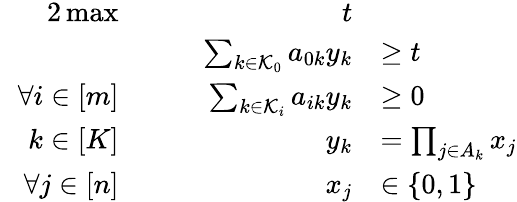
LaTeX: \begin{array}{rlrl}{{2}\operatorname*{max}}&{}&{\quad t}\\ &{}&{\quad\sum_{k\in{\mathcal K}_{0}}a_{0k}y_{k}}&{\ge t}\\ {\forall i\in[m]}&{}&{\quad\sum_{k\in{\mathcal K}_{i}}a_{ik}y_{k}}&{\ge 0}\\ {\quad k\in[K]}&{}&{\quad y_{k}}&{=\prod_{j\in A_{k}}x_{j}}\\ {\forall j\in[n]}&{}&{\quad x_{j}}&{\in\{ 0,1\} }\end{array}